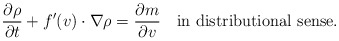
\begin{align*}\frac{\partial\rho}{\partial t}+f'(v)\cdot\nabla\rho=\frac{\partial m}{\partial v}\quad\mbox{in distributional sense}.\end{align*}